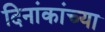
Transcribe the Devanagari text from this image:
दिनांकांच्या